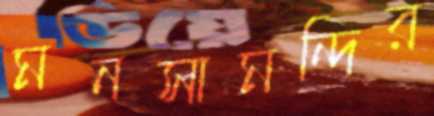
মনসামন্দির